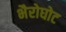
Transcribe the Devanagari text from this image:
भैरोघोट